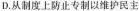
D.从制度上防止专制以维护民主